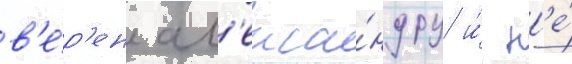
в'е́р'ен ал'екса́ндру и́ н'е́